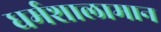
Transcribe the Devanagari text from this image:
धर्मशालामान